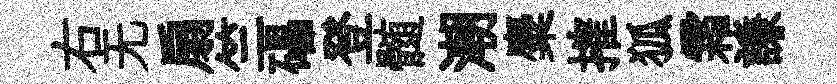
右无扇竺礧登髄潮麋搉狐霜謙